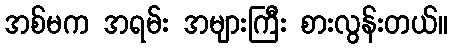
အစ်မက အရမ်း အများကြီး စားလွန်းတယ်။